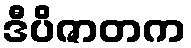
ဒီပိဇာတက